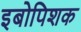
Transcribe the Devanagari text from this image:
इबोपिशक